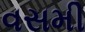
વસમી